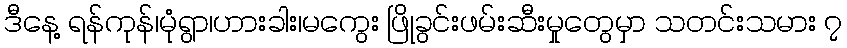
ဒီနေ့ ရန်ကုန်၊မုံရွာ၊ဟားခါး၊မကွေး ဖြိုခွင်းဖမ်းဆီးမှုတွေမှာ သတင်းသမား ၇